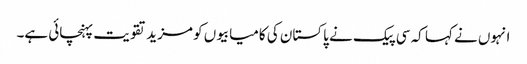
انہوں نے کہا کہ سی پیک نے پاکستان کی کامیابیوں کو مزید تقویت پہنچائی ہے۔